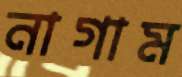
নাগাম